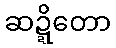
ဆဍ္ဍိတော